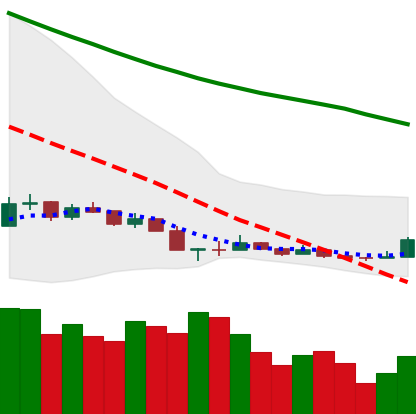
Ticker: NEO-USD
Chart end date: 2018-12-17
Forward return: 8.249%
Label: up_7plus